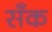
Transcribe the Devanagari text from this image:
सँक